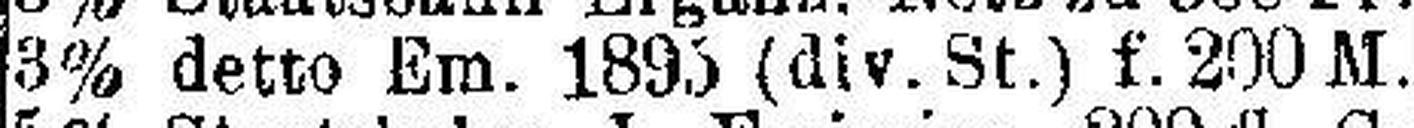
3% detto Em. 1895 (div. St.) f. 200 M.